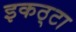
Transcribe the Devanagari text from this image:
इकठ्‌टा